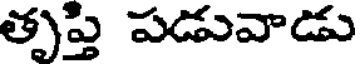
తృప్తి పడువాడు